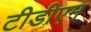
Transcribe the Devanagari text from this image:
टीडीएम